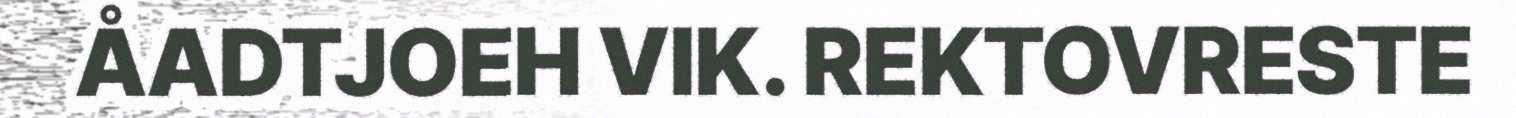
ÅADTJOEH VIK. REKTOVRESTE